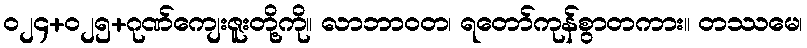
ဝ၂၄+၀၂၅+ဂုဏ်ကျေးဇူးတို့ကို။ လာဘာဝတ၊ ရတော်ကုန်စွာတကား။ တဿမေ၊